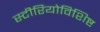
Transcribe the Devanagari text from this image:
स्टीरियोविशिष्ट